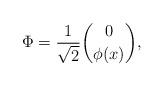
LaTeX: \begin{align*}\Phi=\frac{1}{\sqrt{2}}{0 \choose \phi(x)},\end{align*}